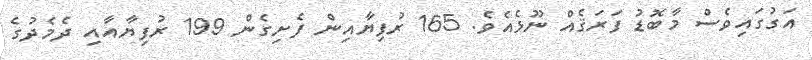
އަގުގައިވެސް މާބޮޑު ފަރަޤެއް ނޫޅެއެވެ. 165 ރުފިޔާއިން ފެށިގެން 199 ރުފިޔާއާއި ދެމެދުގެ